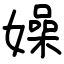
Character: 嬠